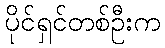
ပိုင်ရှင်တစ်ဦးက